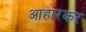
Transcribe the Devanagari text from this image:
आहारकर